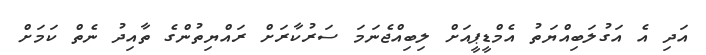
އަދި އެ އަގުލަބިއްޔަތު އެމްޑީޕީއަށް ލިބިއްޖެނަމަ ސަރުކާރަށް ރައްޔިތުންގެ ތާއިދު ނެތް ކަމަށް